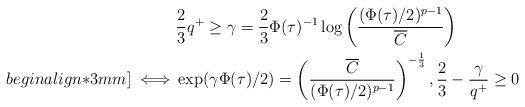
LaTeX: \begin{align*}&\frac{2}{3}q^+ \geq \gamma=\frac{2}{3}\Phi(\tau)^{-1}\log\left(\frac{(\Phi(\tau)/2)^{p-1}}{\overline{C}}\right) \\begin{align*}3mm]\iff &\exp(\gamma\Phi(\tau)/2)=\left(\frac{\overline{C}}{(\Phi(\tau)/2)^{p-1}}\right)^{-\frac{1}{3}},\frac{2}{3}-\frac{\gamma}{q^+} \geq 0 \end{align*}